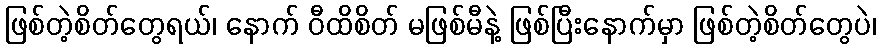
ဖြစ်တဲ့စိတ်တွေရယ်၊ နောက် ဝီထိစိတ် မဖြစ်မီနဲ့ ဖြစ်ပြီးနောက်မှာ ဖြစ်တဲ့စိတ်တွေပဲ၊